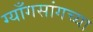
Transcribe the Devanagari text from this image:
ग्याँगसांगच्या